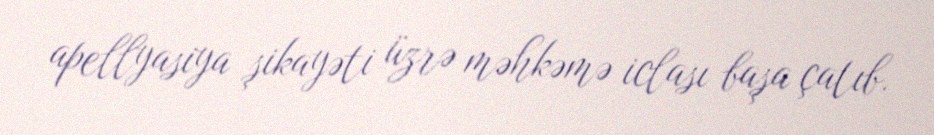
apellyasiya şikayəti üzrə məhkəmə iclası başa çatıb.